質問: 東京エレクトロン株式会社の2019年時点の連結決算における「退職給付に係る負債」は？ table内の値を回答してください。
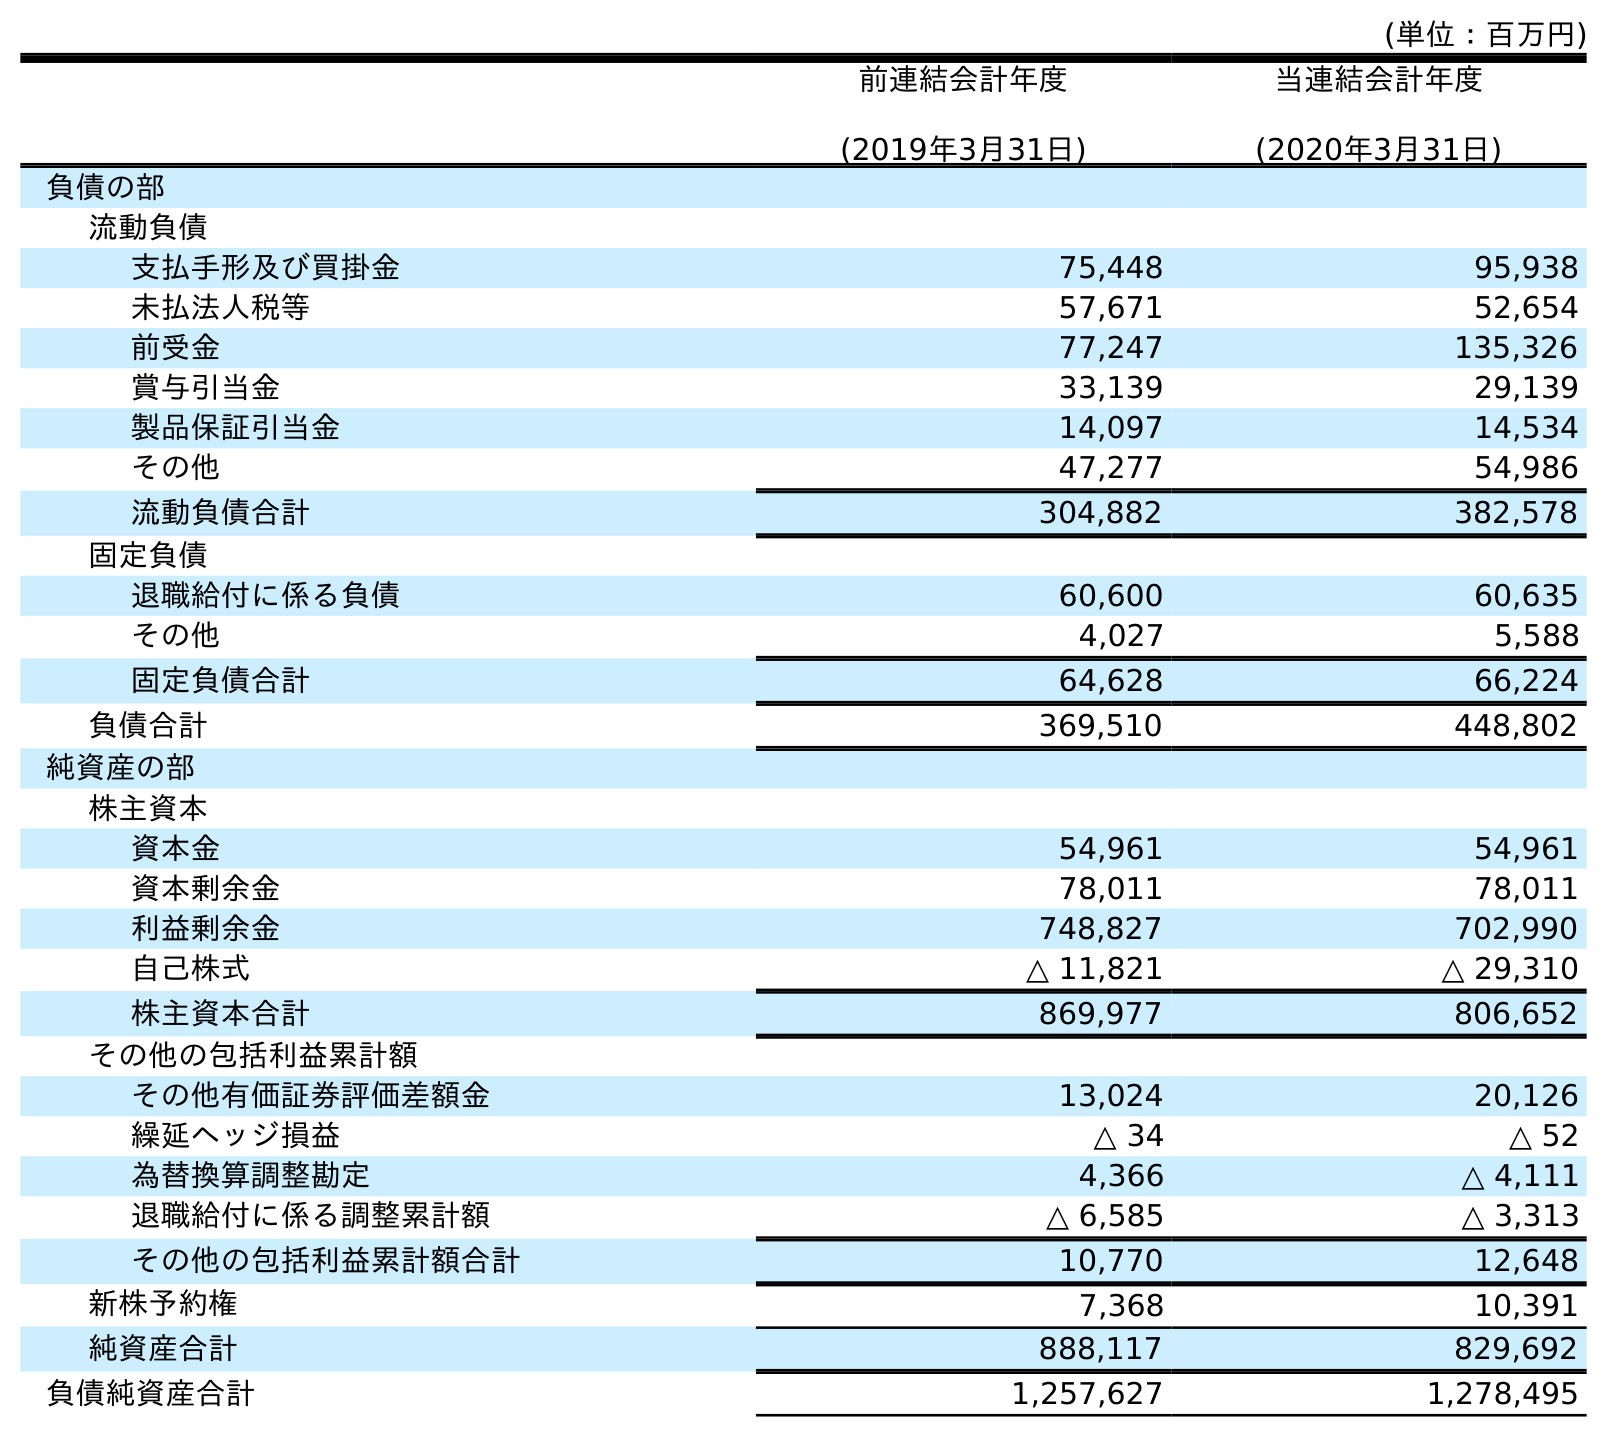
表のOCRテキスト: (単位：百万円) 前連結会計年度 (2019年3月31日) 当連結会計年度 (2020年3月31日) 負債の部 流動負債 支払手形及び買掛金 75,448 95,938 未払法人税等 57,671 52,654 前受金 77,247 135,326 賞与引当金 33,139 29,139 製品保証引当金 14,097 14,534 その他 47,277 54,986 流動負債合計 304,882 382,578 固定負債 退職給付に係る負債 60,600 60,635 その他 4,027 5,588 固定負債合計 64,628 66,224 負債合計 369,510 448,802 純資産の部 株主資本 資本金 54,961 54,961 資本剰余金 78,011 78,011 利益剰余金 748,827 702,990 自己株式 △ 11,821 △ 29,310 株主資本合計 869,977 806,652 その他の包括利益累計額 その他有価証券評価差額金 13,024 20,126 繰延ヘッジ損益 △ 34 △ 52 為替換算調整勘定 4,366 △ 4,111 退職給付に係る調整累計額 △ 6,585 △ 3,313 その他の包括利益累計額合計 10,770 12,648 新株予約権 7,368 10,391 純資産合計 888,117 829,692 負債純資産合計 1,257,627 1,278,495
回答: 60,600